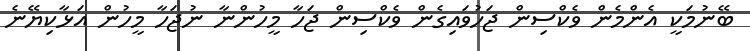
ބޭނުމަކީ އެންމެން ވެކްސިން ޖަހުވައިގެން ވެކްސިން ޖަހާ މީހުންނާ ނުޖަހާ މީހުން އަޅާކިޔޭނެ